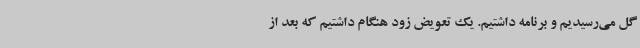
گل می‌رسیدیم و برنامه داشتیم. یک تعویض زود هنگام داشتیم که بعد از